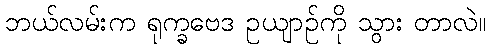
ဘယ်လမ်းက ရုက္ခဗေဒ ဥယျာဉ်ကို သွား တာလဲ။